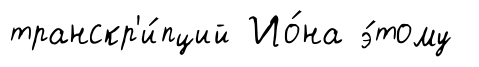
транскр'и́пций Ио́на э́тому